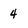
Character: 4